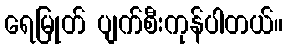
ရေမြုတ် ပျက်စီးကုန်ပါတယ်။